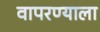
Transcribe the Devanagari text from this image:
वापरण्याला